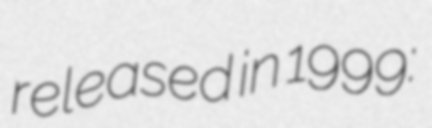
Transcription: released in 1999: